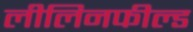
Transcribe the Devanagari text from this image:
लीलिनफील्ड